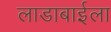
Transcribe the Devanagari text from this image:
लाडाबाईला